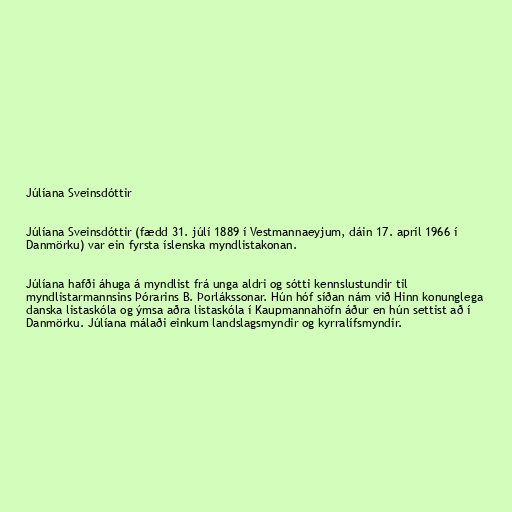
Júlíana Sveinsdóttir

Júlíana Sveinsdóttir (fædd 31. júlí 1889 í Vestmannaeyjum, dáin 17. apríl 1966 í
Danmörku) var ein fyrsta íslenska myndlistakonan.

Júlíana hafði áhuga á myndlist frá unga aldri og sótti kennslustundir til
myndlistarmannsins Þórarins B. Þorlákssonar. Hún hóf síðan nám við Hinn konunglega
danska listaskóla og ýmsa aðra listaskóla í Kaupmannahöfn áður en hún settist að í
Danmörku. Júlíana málaði einkum landslagsmyndir og kyrralífsmyndir.